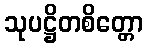
သုပဋ္ဌိတစိတ္တော